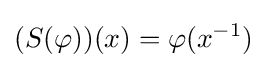
(S(\varphi ))(x)=\varphi (x^{-1})